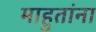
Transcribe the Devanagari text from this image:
माहुतांना